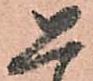
恐